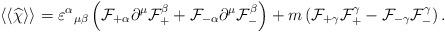
LaTeX: \begin{align*}\langle\langle \widehat\chi \rangle\rangle = {\varepsilon^\alpha}_{\mu\beta} \left( {\cal F}_{+\alpha} \partial^\mu {\cal F}^\beta_+ + {\cal F}_{-\alpha} \partial^\mu {\cal F}^\beta_- \right) + m \left( {\cal F}_{+\gamma} {\cal F}^\gamma_+ - {\cal F}_{-\gamma} {\cal F}^\gamma_- \right). \end{align*}